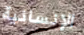
الإنسانية